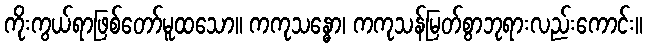
ကိုးကွယ်ရာဖြစ်တော်မူထသော။ ကကုသန္ဓော၊ ကကုသန်မြတ်စွာဘုရားလည်းကောင်း။